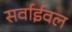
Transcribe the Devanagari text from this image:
सर्वाईवल